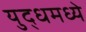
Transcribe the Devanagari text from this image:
युद्धमध्ये